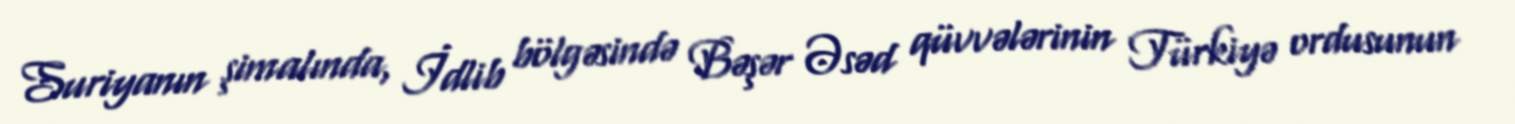
Suriyanın şimalında, İdlib bölgəsində Bəşər Əsəd qüvvələrinin Türkiyə ordusunun